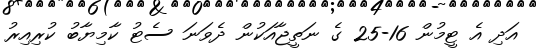
އަދި އެ ޓީމުން 16-25 ގެ ނަތީޖާއަކުން ދެވަނަ ސެޓު ކާމިޔާބު ކުރިއިރު